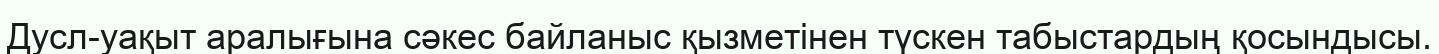
Дусл-уақыт аралығына сәкес байланыс қызметінен түскен табыстардың қосындысы.